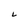
Character: L